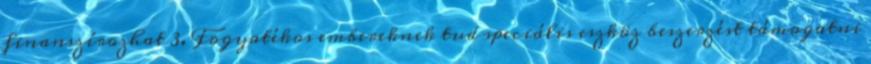
finanszírozhat 3. Fogyatékos embereknek tud speciális eszköz beszerzést támogatni